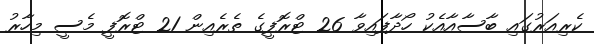
ކެރިއަރުގައި ބާސާއާއެކު ހޯދާފައިވާ 26 ޓްރޮފީގެ ތެރެއިން 21 ޓްރޮފީ މެސީ މިހާރު